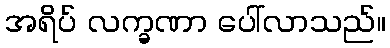
အရိပ် လက္ခဏာ ပေါ်လာသည်။